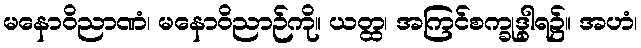
မနောဝိညာဏံ၊ မနောဝိညာဉ်ကို။ ယတ္ထ၊ အကြင်စက္ခုဒွါရ၌။ အဟံ၊